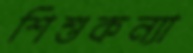
শিশুকন্যা